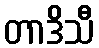
တာဒိသီ